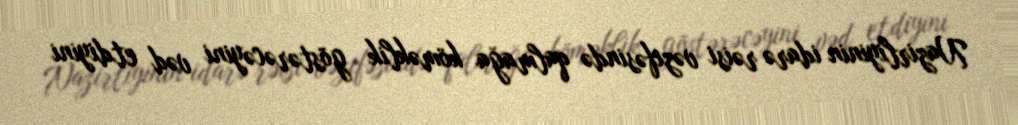
Nazirliyinin idarə rəisi vəzifəsində qalmağa köməklik göstərəcəyini vəd etdiyini